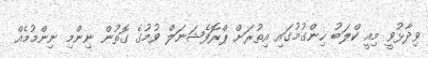
ވިދާޅުވީ މިއީ ކްލަބު ހިންގުމުގައި އިތުރަށް ޕްރޮފެޝަނަލް ވުމުގެ ގޮތުން ނިންމި ނިންމުމެއް